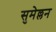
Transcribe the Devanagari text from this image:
सुमेल्लन